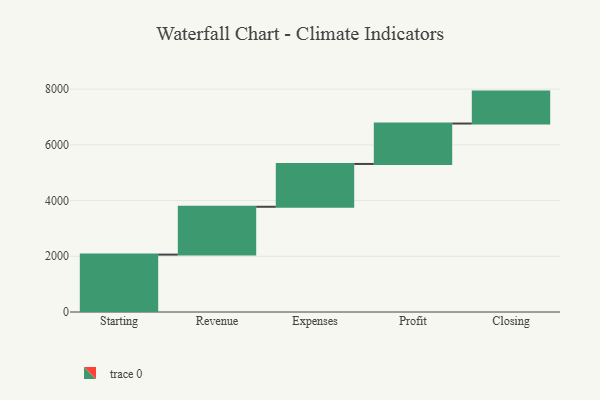
{"axis": {"x": "Step", "y": "Value"}, "legend": [""], "data": [{"x": "Starting", "y": 2060.0, "type": ""}, {"x": "Revenue", "y": 1717.0, "type": ""}, {"x": "Expenses", "y": 1537.0, "type": ""}, {"x": "Profit", "y": 1451.0, "type": ""}, {"x": "Closing", "y": 1146.0, "type": ""}]}